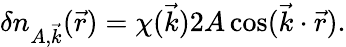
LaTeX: \delta n_{A,\vec{k}}(\vec{r})=\chi(\vec{k})2A\cos(\vec{k}\cdot\vec{r}).